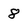
Character: 8